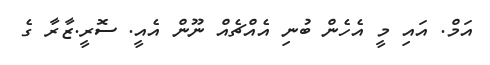
އަމް. އައި މީ އެހެން ބުނި އެއްޗެއް ނޫން އެއީ. ސޮރީ.ޒާރާ ގެ